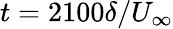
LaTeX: t=2100\delta/U_{\infty}